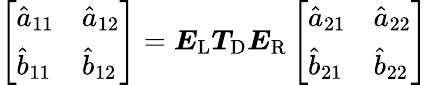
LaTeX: \left[\begin{array}{ll}{\hat{a}_{11}}&{\hat{a}_{12}}\\ {\hat{b}_{11}}&{\hat{b}_{12}}\end{array}\right]=\boldsymbol{E}_{\mathrm{L}}\boldsymbol{T}_{\mathrm{D}}\boldsymbol{E}_{\mathrm{R}}\left[\begin{array}{ll}{\hat{a}_{21}}&{\hat{a}_{22}}\\ {\hat{b}_{21}}&{\hat{b}_{22}}\end{array}\right]